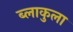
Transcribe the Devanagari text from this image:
ब्लाकुला